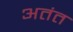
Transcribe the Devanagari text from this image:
अतंत